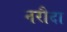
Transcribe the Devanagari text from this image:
नरौदा